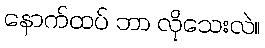
နောက်ထပ် ဘာ လိုသေးလဲ။